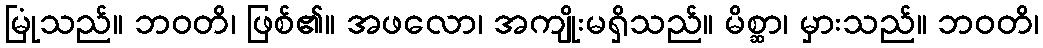
မြုံသည်။ ဘဝတိ၊ ဖြစ်၏။ အဖလော၊ အကျိုးမရှိသည်။ မိစ္ဆာ၊ မှားသည်။ ဘဝတိ၊